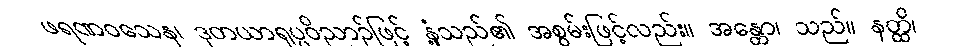
ဖရဏဝသေန၊ ဒုတယာရုပ္ပဝိညာဉ်ဖြင့် နှံ့သည်၏ အစွမ်းဖြင့်လည်း။ အန္တော၊ သည်။ နတ္ထိ၊